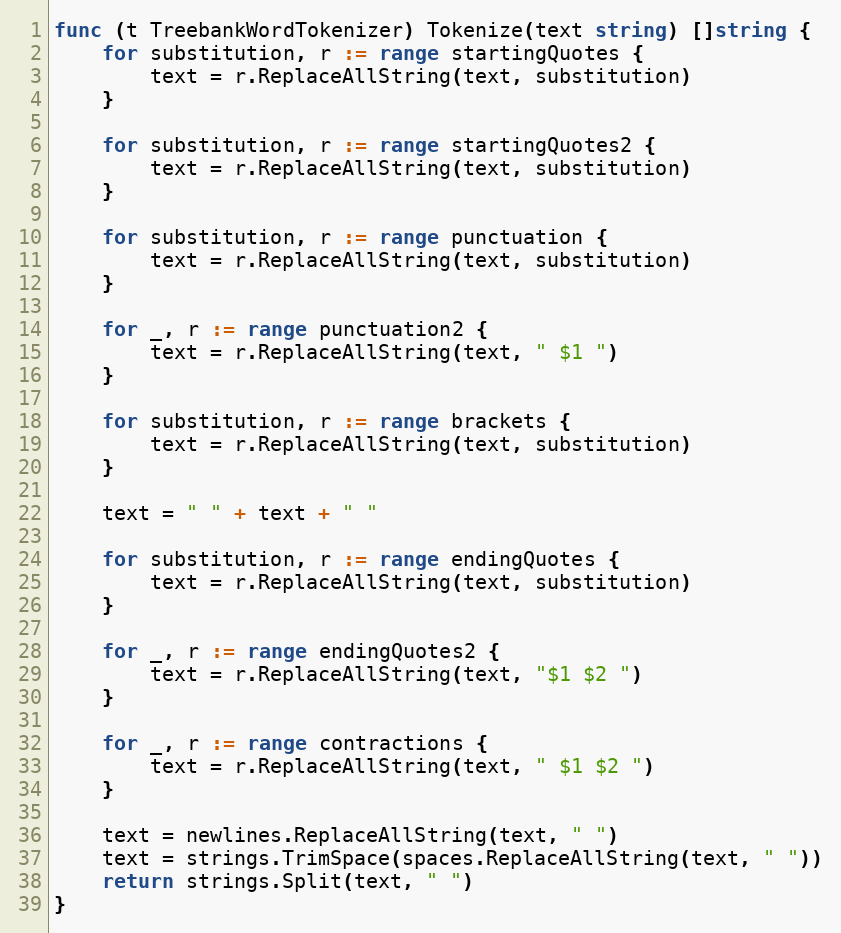
Language: Go
func (t TreebankWordTokenizer) Tokenize(text string) []string {
	for substitution, r := range startingQuotes {
		text = r.ReplaceAllString(text, substitution)
	}

	for substitution, r := range startingQuotes2 {
		text = r.ReplaceAllString(text, substitution)
	}

	for substitution, r := range punctuation {
		text = r.ReplaceAllString(text, substitution)
	}

	for _, r := range punctuation2 {
		text = r.ReplaceAllString(text, " $1 ")
	}

	for substitution, r := range brackets {
		text = r.ReplaceAllString(text, substitution)
	}

	text = " " + text + " "

	for substitution, r := range endingQuotes {
		text = r.ReplaceAllString(text, substitution)
	}

	for _, r := range endingQuotes2 {
		text = r.ReplaceAllString(text, "$1 $2 ")
	}

	for _, r := range contractions {
		text = r.ReplaceAllString(text, " $1 $2 ")
	}

	text = newlines.ReplaceAllString(text, " ")
	text = strings.TrimSpace(spaces.ReplaceAllString(text, " "))
	return strings.Split(text, " ")
}